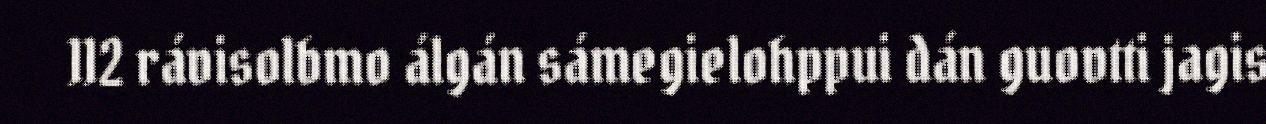
112 rávisolbmo álgán sámegielohppui dán guovtti jagis